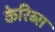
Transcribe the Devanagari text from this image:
केरिब्स